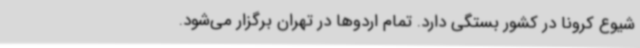
شیوع کرونا در کشور بستگی دارد. تمام اردوها در تهران برگزار می‌شود.